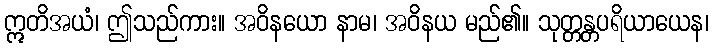
ဣတိအယံ၊ ဤသည်ကား။ အဝိနယော နာမ၊ အဝိနယ မည်၏။ သုတ္တန္တပရိယာယေန၊